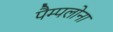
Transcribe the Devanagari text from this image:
पैम्पलोना